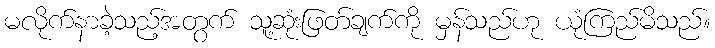
မလိုက်နာခဲ့သည့်အတွက် သူ့ဆုံးဖြတ်ချက်ကို မှန်သည်ဟု ယုံကြည်မိသည်။